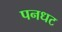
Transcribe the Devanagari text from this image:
पनधट